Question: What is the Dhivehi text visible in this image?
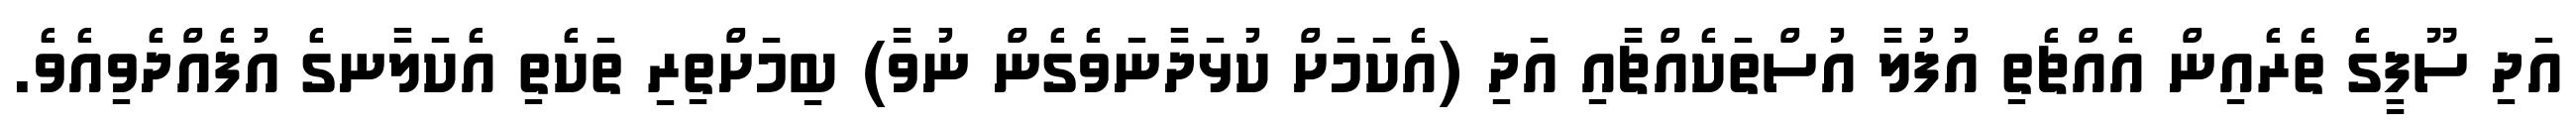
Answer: އަދި ސޫފީގެ ތެރެއިން އެއްޗެތި އުފުލާ އުސްތަކެއްޗާއި އަދި (އެކަމަށް ކުޅަދާނަވެގެން ނުވާ) ބިމަށްތިރި ތަކެތި އެކަލާނގެ އުފެއްދެވިއެވެ.